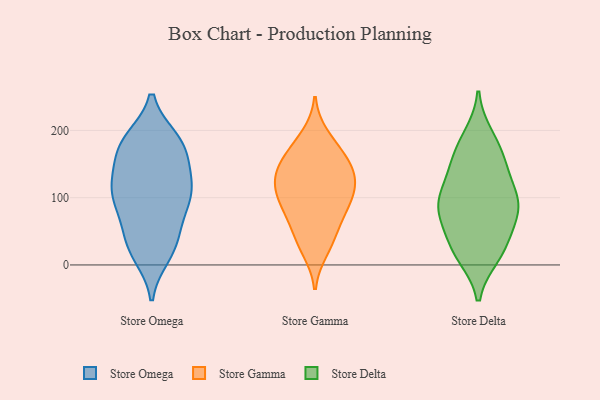
{"axis": {"x": "Bounce Rate (%)", "y": "Value"}, "legend": ["Store Delta", "Store Gamma", "Store Omega"], "data": [{"x": "", "y": 15, "type": "Store Omega"}, {"x": "", "y": 126, "type": "Store Omega"}, {"x": "", "y": 71, "type": "Store Omega"}, {"x": "", "y": 170, "type": "Store Omega"}, {"x": "", "y": 185, "type": "Store Omega"}, {"x": "", "y": 161, "type": "Store Omega"}, {"x": "", "y": 106, "type": "Store Omega"}, {"x": "", "y": 20, "type": "Store Omega"}, {"x": "", "y": 112, "type": "Store Omega"}, {"x": "", "y": 184, "type": "Store Omega"}, {"x": "", "y": 53, "type": "Store Omega"}, {"x": "", "y": 124, "type": "Store Omega"}, {"x": "", "y": 27, "type": "Store Omega"}, {"x": "", "y": 100, "type": "Store Omega"}, {"x": "", "y": 180, "type": "Store Omega"}, {"x": "", "y": 97, "type": "Store Omega"}, {"x": "", "y": 39, "type": "Store Omega"}, {"x": "", "y": 139, "type": "Store Omega"}, {"x": "", "y": 95, "type": "Store Omega"}, {"x": "", "y": 186, "type": "Store Omega"}, {"x": "", "y": 100, "type": "Store Gamma"}, {"x": "", "y": 81, "type": "Store Gamma"}, {"x": "", "y": 144, "type": "Store Gamma"}, {"x": "", "y": 149, "type": "Store Gamma"}, {"x": "", "y": 191, "type": "Store Gamma"}, {"x": "", "y": 72, "type": "Store Gamma"}, {"x": "", "y": 133, "type": "Store Gamma"}, {"x": "", "y": 173, "type": "Store Gamma"}, {"x": "", "y": 23, "type": "Store Gamma"}, {"x": "", "y": 138, "type": "Store Gamma"}, {"x": "", "y": 166, "type": "Store Gamma"}, {"x": "", "y": 111, "type": "Store Gamma"}, {"x": "", "y": 34, "type": "Store Gamma"}, {"x": "", "y": 120, "type": "Store Gamma"}, {"x": "", "y": 86, "type": "Store Gamma"}, {"x": "", "y": 47, "type": "Store Gamma"}, {"x": "", "y": 111, "type": "Store Gamma"}, {"x": "", "y": 103, "type": "Store Delta"}, {"x": "", "y": 93, "type": "Store Delta"}, {"x": "", "y": 28, "type": "Store Delta"}, {"x": "", "y": 70, "type": "Store Delta"}, {"x": "", "y": 15, "type": "Store Delta"}, {"x": "", "y": 20, "type": "Store Delta"}, {"x": "", "y": 151, "type": "Store Delta"}, {"x": "", "y": 28, "type": "Store Delta"}, {"x": "", "y": 135, "type": "Store Delta"}, {"x": "", "y": 177, "type": "Store Delta"}, {"x": "", "y": 77, "type": "Store Delta"}, {"x": "", "y": 104, "type": "Store Delta"}, {"x": "", "y": 84, "type": "Store Delta"}, {"x": "", "y": 190, "type": "Store Delta"}, {"x": "", "y": 82, "type": "Store Delta"}, {"x": "", "y": 155, "type": "Store Delta"}]}